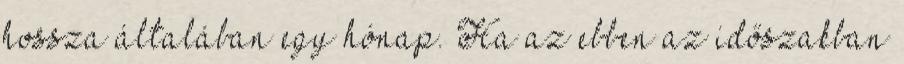
hossza általában egy hónap. Ha az ebben az időszakban